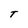
Character: t